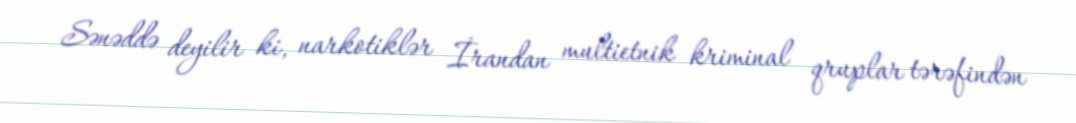
Sənəddə deyilir ki, narkotiklər İrandan multietnik kriminal qruplar tərəfindən